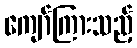
ကျော်ကြားသည့်